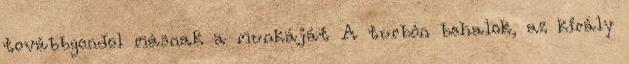
továbbgondol másnak a munkáját A turbón behalok, az király